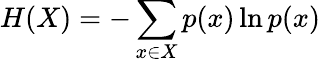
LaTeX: H(X)=-\sum_{x\in X}p(x)\ln p(x)